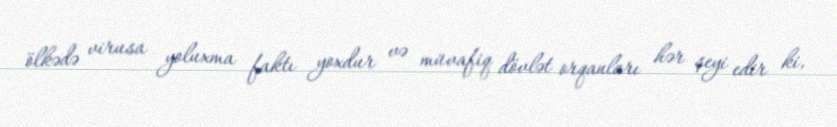
ölkədə virusa yoluxma faktı yoxdur və müvafiq dövlət orqanları hər şeyi edir ki,